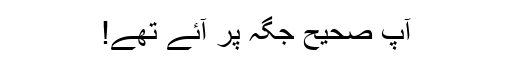
آپ صحیح جگہ پر آئے تھے!